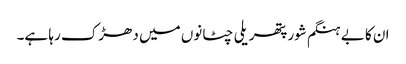
ان کا بے ہنگم شور پتھریلی چٹانوں میں دھڑک رہا ہے۔